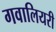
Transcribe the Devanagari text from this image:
गवालियरी